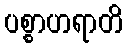
ပစ္စာဟရာတိ